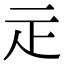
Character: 𤴕